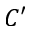
C ^ { \prime }